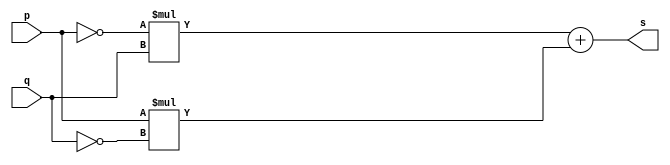
// --------------------- 
// Exercicio0006 - XOR 
// Nome: Marcio Enio G Dutra Junior 
// --------------------- 
 
// --------------------- 
// -- xor gate 
// --------------------- 
 
module xorgate (output s, input p, input q); 
	assign s = ((~p)*q)+(p*(~q)); 
endmodule // xor 
 
// --------------------- 
// -- test xorgate 
// --------------------- 
module testxorgate; 
// ------------------------- dados locais 
   reg   a,b; // definir registrador 
   wire  s;    // definir conexao (fio) 
// ------------------------- instancia 
   xorgate XOR1 (s, a, b); 
 
// ------------------------- preparacao 
   initial begin:start 
            a=0;
            b=0; 
   end 
 
// ------------------------- parte principal 
   initial begin:main 
         $display("Exercicio0006 - Marcio Enio G Dutra Junior - 441698"); 
         $display("Test xor gate"); 
         $display("\n(~a)*b+a*(~b)  =  s\n"); 
 	#1    $monitor("(~%b)*%b+%b*(~%b)  =  %b", a, b, a, b, s); 
	#1		a=0; b=1;
 	#1    a=1; b=0;
 	#1    a=1; b=1;

 
 end 
 
endmodule // testxorgate